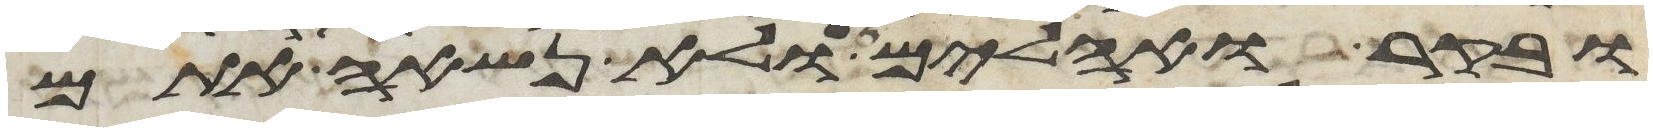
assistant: ובקר ואהלים ולא נשאה אתם